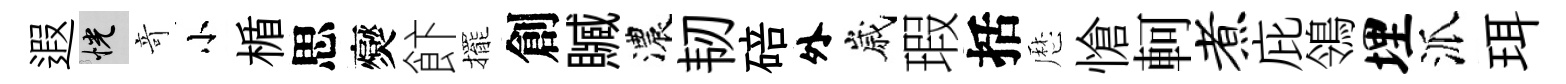
遐恍竒小楯思爕飰擺創贓濃韧碚外嵗瑕括厯愴軻煮庇鴒埋派珥